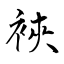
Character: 裌